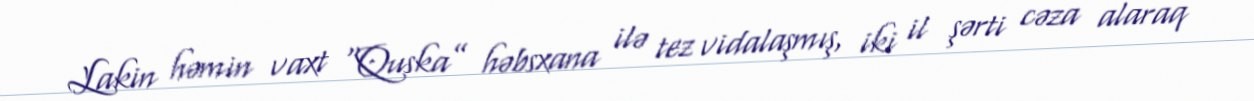
Lakin həmin vaxt “Quska” həbsxana ilə tez vidalaşmış, iki il şərti cəza alaraq